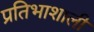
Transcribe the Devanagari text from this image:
प्रतिभाशाली